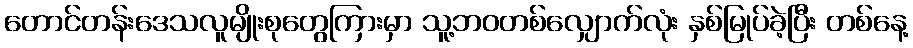
တောင်တန်းဒေသလူမျိုးစုတွေကြားမှာ သူ့ဘဝတစ်လျှောက်လုံး နှစ်မြုပ်ခဲ့ပြီး တစ်နေ့